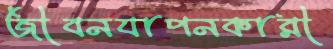
জীবনযাপনকারী